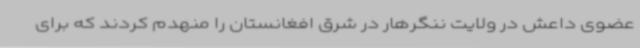
عضوی داعش در ولایت ننگرهار در شرق افغانستان را منهدم کردند که برای